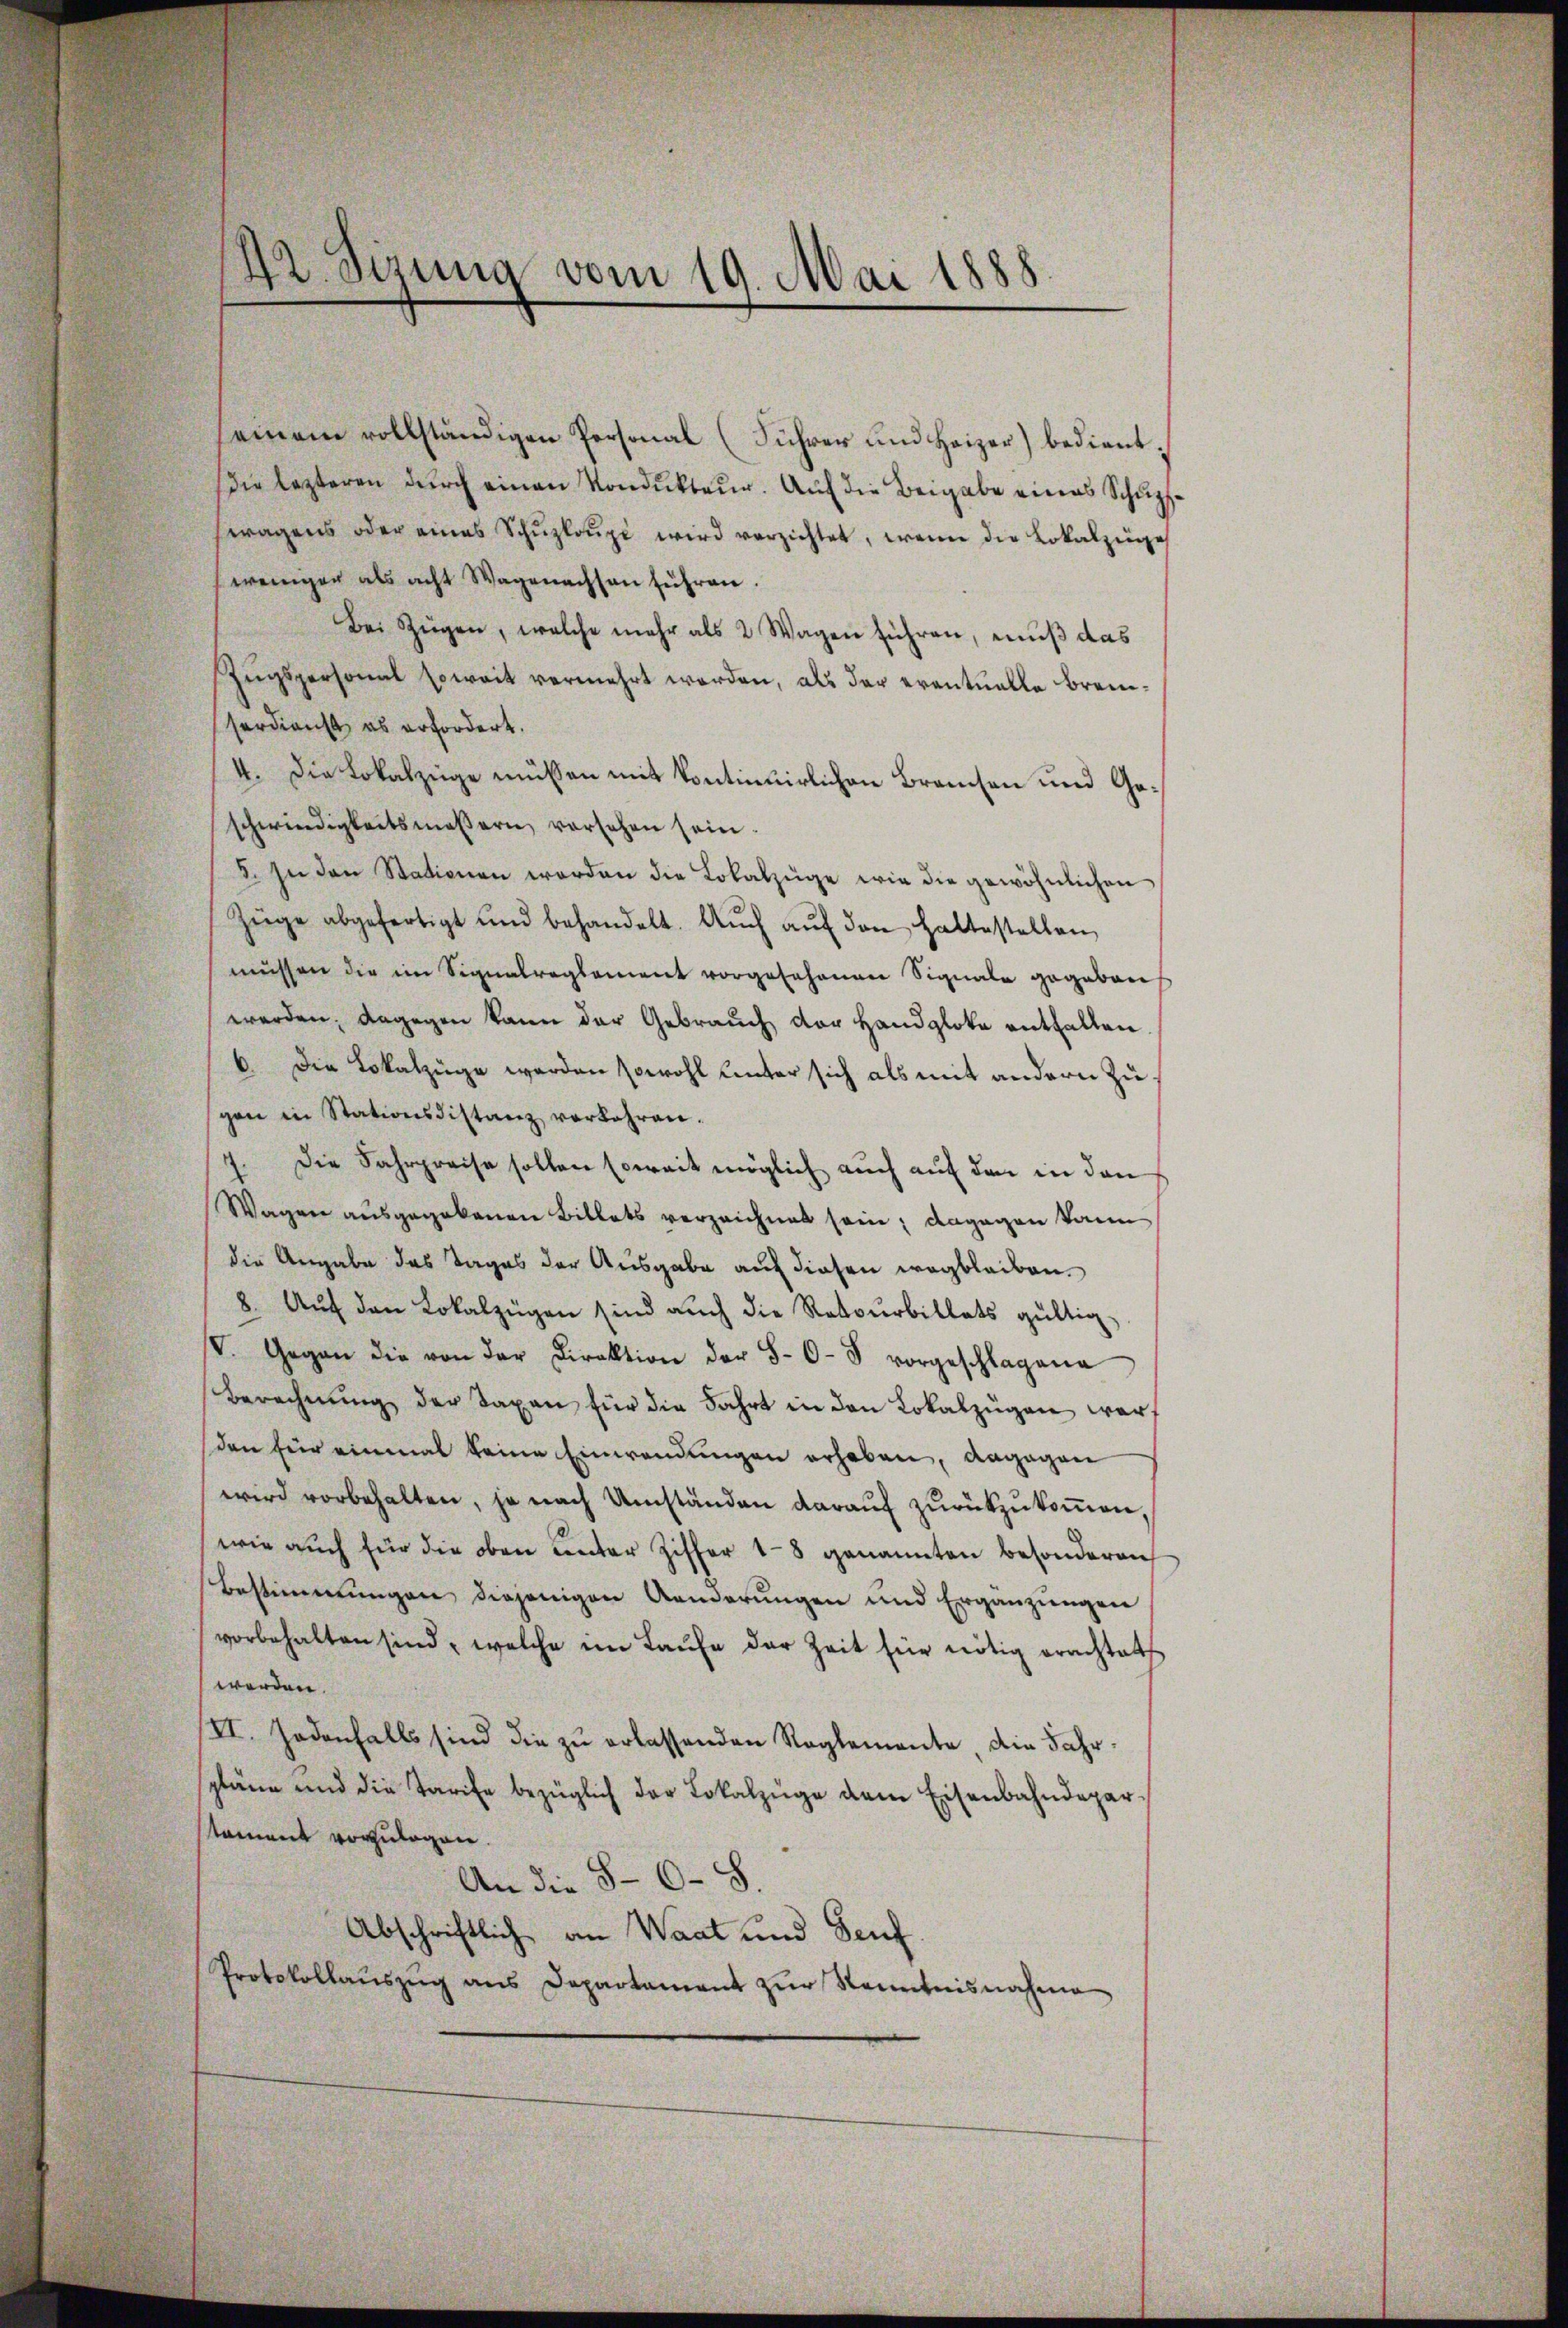
42. Sizung vom 19. Mai 1888.

seinem vollständigen Personal (Führer und Heizer) bedientdie lezteren durch einen Kondukteur. Auf die Beigabe eines Schuppftragens oder eines Schŭploŭpi wird verzichtet, wenn die Lokalzüge
weniger als acht Wagenachsen führen.
Bei Zügen, welche mehr als 2 Wagen führen, muß das
Zugspersonal soweit vermehrt werden, als der eventuelle Brenserdienst es erfordert.
4. Die Lokalzüge müßen mit kontinuirlichen Branchen und Geschwendigkeitsmessern vorsehen sein.
3. In den Stationen worden die Lokalzüge wie die gewöhnlichen
Züge abgefertigt und behandelt. Aŭch aŭf den haltestellen
müssen die im Signalreglement vorgesehenen Signale gegebens
werden; dagegen kann der Gebrauch der Handgloke entfallen
6. Die Lokalzüge werden sowohl hinter sich als mit andern Zugen in Stationsdistanz verbahren.
7. Die Fahrpreise sollen soweit möglich auch auf den in den
Wagen ausgegebenen Billets verzeichnet sein; dagegen kann
die Angabe das Tages der Ausgabe auf diesen wegbleiben.
8. Aŭf den Lokalzügen sind auch die Retourbillets gültig,
IV. Gegen die von der Direktion der 5-6-8 vorgeschlagene
Berechnung der Taxen für die Fahrt in den Lokalzügen warf
den für einmal keine Einwendungen erhaben, dagegen
wird vorbehalten, je nach Umständen daraŭf zŭrückzŭkoṁen,
wie auch für die oben unter Ziffer 18 genannten besonderen
Bestimmungen, diejenigen Aenderungen und Ergänzungen
vorbehalten sind, welche im Laŭfe der Zeit für nötig erachtet
werden.
VI. Jedenfalls sind die zu erlassenden Reglemente die Fahrpläne und die Tarife bezüglich der Lokalzüge dem Eisenbahndeparstament vorzulagen.
An die 5-6 - 8.
Abschriftlich an Waat und Senf
Protokollauszug aus Departament zur Kenntnisnahme